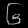
Digit: ၆